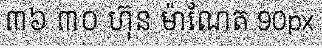
៣៦ ៣០ ហ៊ុន ម៉ាណែត 90px